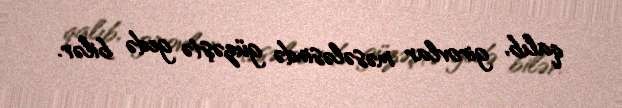
qalıb, girovlar məsələsində güzəştə gedə bilər.